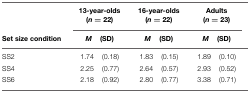
<table><thead><tr><td><b></b></td><td colspan="2"><b>13-year-olds (<i>n</i> = 22)</b></td><td colspan="2"><b>16-year-olds (<i>n</i> = 22)</b></td><td colspan="2"><b>Adults (<i>n</i> = 23)</b></td></tr><tr><td><b>Set size condition</b></td><td><b><i>M</i></b></td><td><b>(SD)</b></td><td><b><i>M</i></b></td><td><b>(SD)</b></td><td><b><i>M</i></b></td><td><b>(SD)</b></td></tr></thead><tbody><tr><td>SS2</td><td>1.74</td><td>(0.18)</td><td>1.83</td><td>(0.15)</td><td>1.89</td><td>(0.10) </td></tr><tr><td>SS4</td><td>2.25</td><td>(0.77)</td><td>2.64</td><td>(0.57)</td><td>2.93</td><td>(0.52)</td></tr><tr><td>SS6</td><td>2.18</td><td>(0.92)</td><td>2.80</td><td>(0.77)</td><td>3.38</td><td>(0.71)</td></tr></tbody></table>